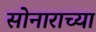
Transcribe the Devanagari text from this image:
सोनाराच्या